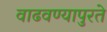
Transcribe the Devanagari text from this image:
वाढवण्यापुरते